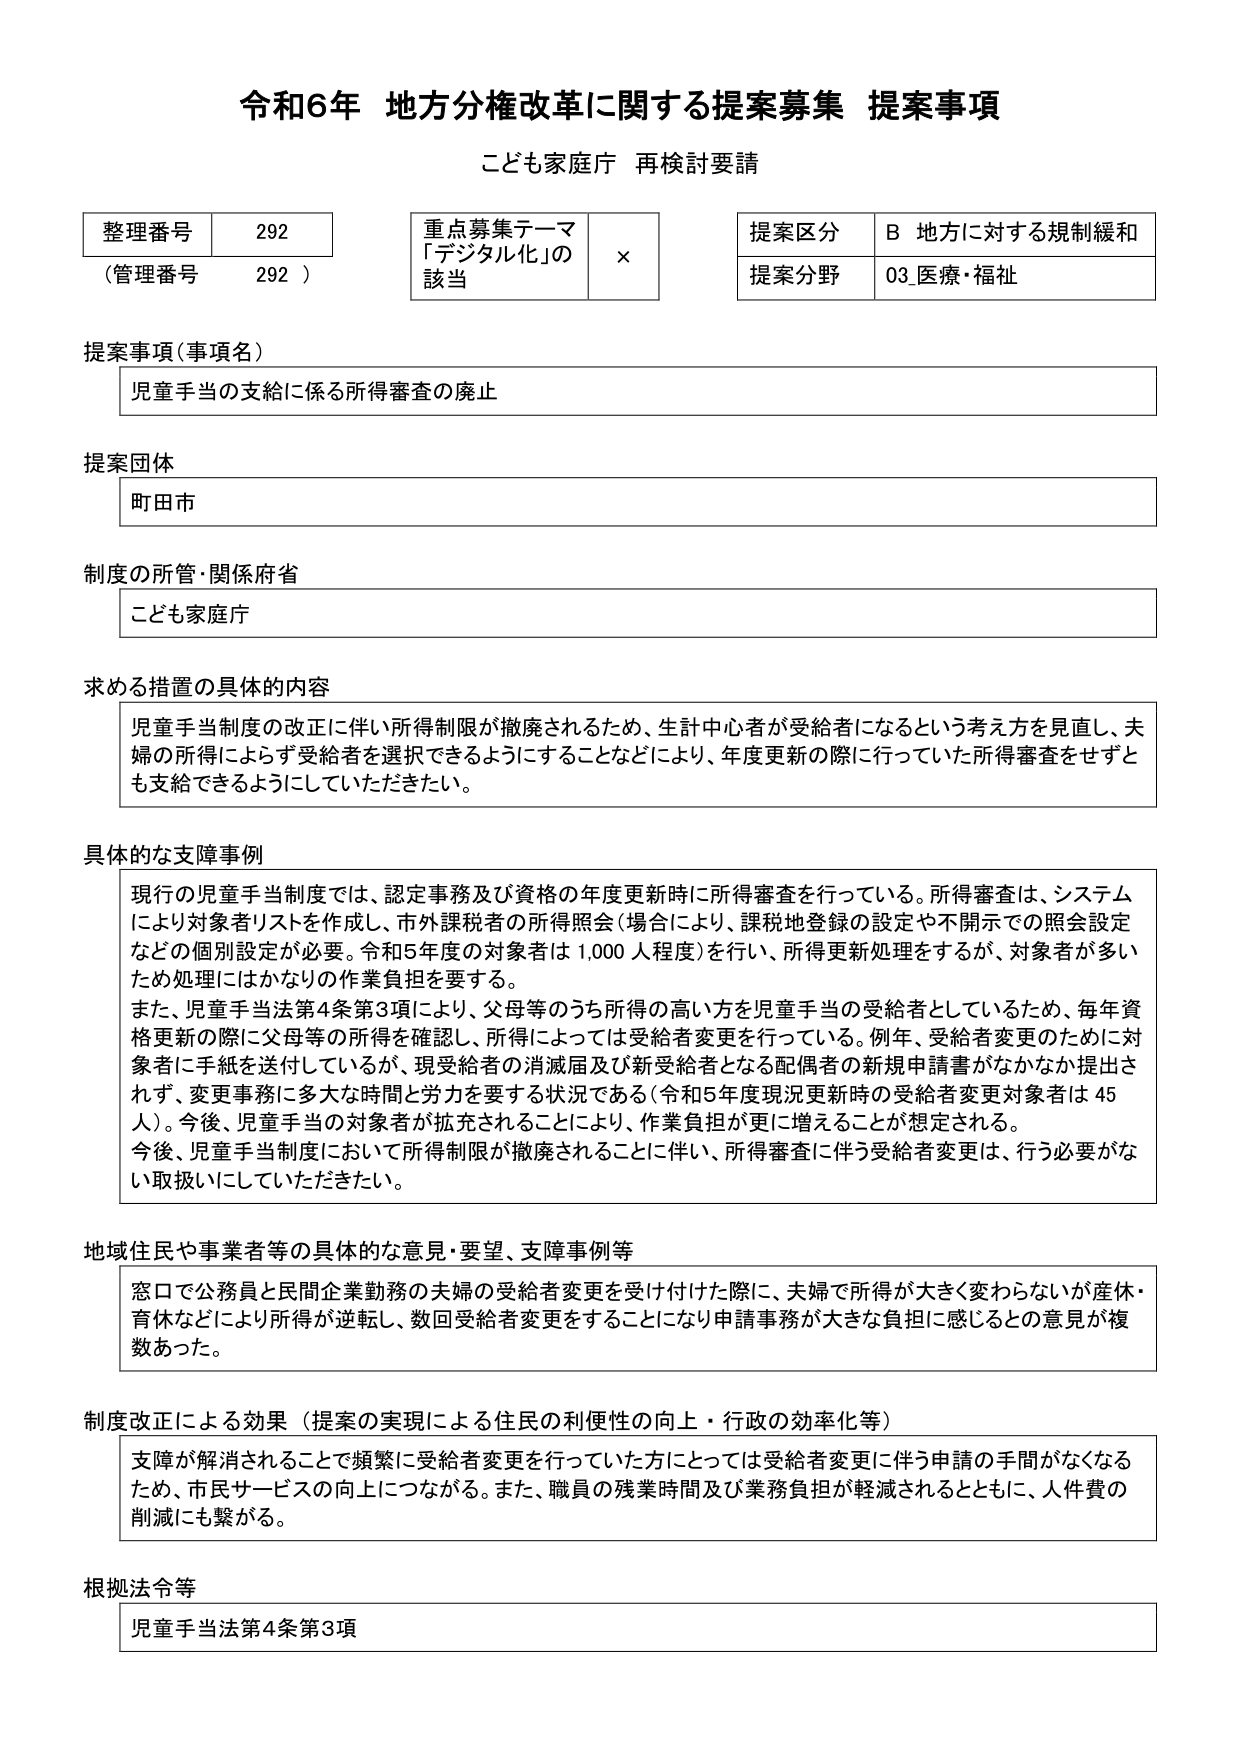
令和6年 地方分権改革に関する提案募集 提案事項
こども家庭庁 再検討要請

整理番号 292
（管理番号 292）

重点募集テーマ
「デジタル化」の
該当 ×

提案区分 B 地方に対する規制緩和
提案分野 03 医療・福祉

提案事項（事項名）
児童手当の支給に係る所得審査の廃止

提案団体
町田市

制度の所管・関係府省
こども家庭庁

求める措置の具体的内容
児童手当制度の改正に伴い所得制限が撤廃されるため、生計中心者が受給者になるという考え方を見直し、夫婦の所得によらず受給者を選択できるようにすることなどにより、年度更新の際に行っていた所得審査をせずとも支給できるようにしていただきたい。

具体的な支障事例
現行の児童手当制度では、認定事務及び資格の年度更新時に所得審査を行っている。所得審査は、システムにより対象者リストを作成し、市外課税者の所得照会（場合により、課税地登録の設定や不開示での照会設定などの個別設定が必要。令和5年度の対象者は1,000人程度）を行い、所得更新処理をするが、対象者が多いため処理にはかなりの作業負担を要する。
また、児童手当法第4条第3項により、父母等のうち所得の高い方を児童手当の受給者としているため、毎年資格更新の際に父母等の所得を確認し、所得によっては受給者変更を行っている。例年、受給者変更のために対象者に手紙を送付しているが、現受給者の消滅届及び新受給者となる配偶者の新規申請書がなかなか提出されず、変更事務に多大な時間と労力を要する状況である（令和5年度現況更新時の受給者変更対象者は45人）。今後、児童手当の対象者が拡充されることにより、作業負担が更に増えることが想定される。
今後、児童手当制度において所得制限が撤廃されることに伴い、所得審査に伴う受給者変更は、行う必要がない取扱いにしていただきたい。

地域住民や事業者等の具体的な意見・要望、支障事例等
窓口で公務員と民間企業勤務の夫婦の受給者変更を受け付けた際に、夫婦で所得が大きく変わらないが産休・育休などにより所得が逆転し、数回受給者変更をすることになり申請事務が大きな負担に感じるとの意見が複数あった。

制度改正による効果（提案の実現による住民の利便性の向上・行政の効率化等）
支障が解消されることで頻繁に受給者変更を行っていた方にとっては受給者変更に伴う申請の手間がなくなるため、市民サービスの向上につながる。また、職員の残業時間及び業務負担が軽減されるとともに、人件費の削減にも繋がる。

根拠法令等
児童手当法第4条第3項